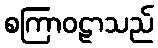
စကြာဝဠာသည်